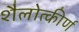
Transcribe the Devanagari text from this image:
शैलोत्कीर्ण